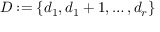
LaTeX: D : = \{ d _ { 1 } , d _ { 1 } + 1 , \dots , d _ { r } \}